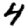
Digit: 4